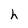
Character: h